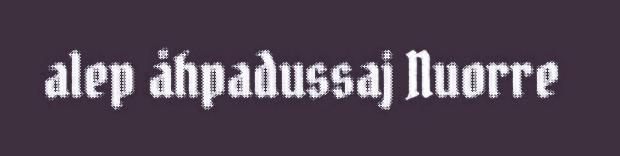
alep åhpadussaj Nuorre